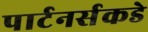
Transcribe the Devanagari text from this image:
पार्टनर्सकडे